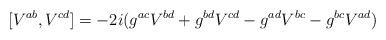
LaTeX: \begin{align*}[V^{ab},V^{cd}]=-2i (g^{ac}V^{bd}+g^{bd}V^{cd}-g^{ad}V^{bc}-g^{bc}V^{ad})\end{align*}